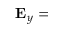
{ \bf { E } } _ { y } =